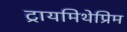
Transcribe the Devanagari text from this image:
ट्रायमिथेप्रिम